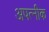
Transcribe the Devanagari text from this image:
अपत्नीक